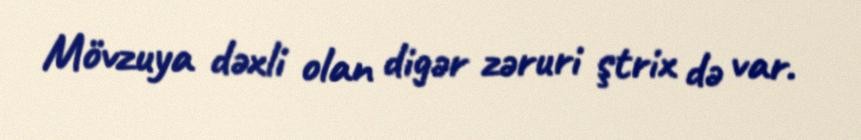
Mövzuya dəxli olan digər zəruri ştrix də var.